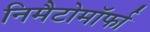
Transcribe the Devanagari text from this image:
निमैटोमॉर्फा